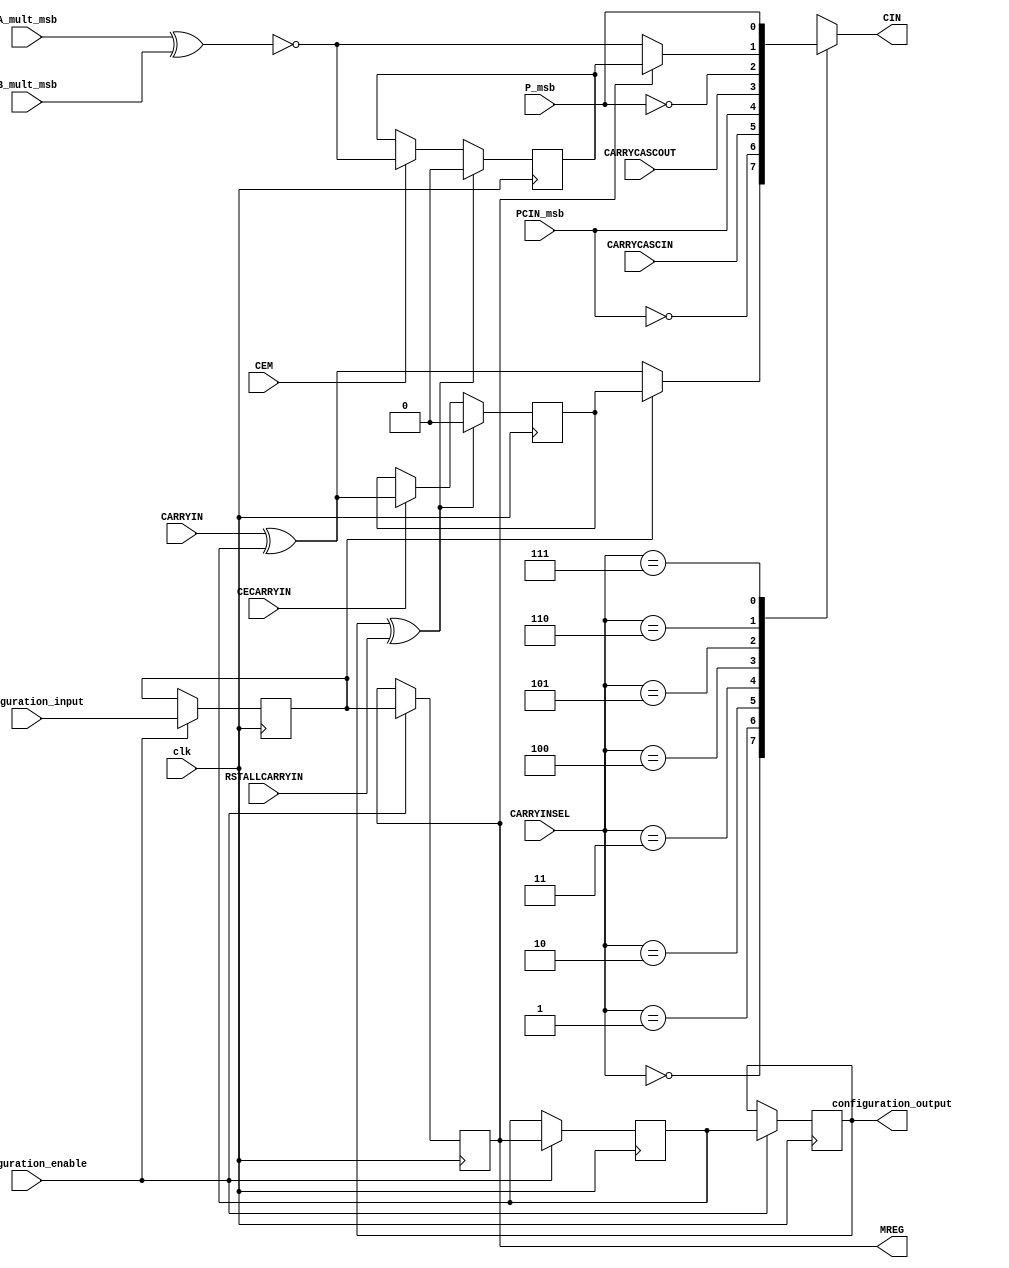
/*****************************************************************
*	Configuration bits order :
*			CARRYINREG <= configuration_input;
*			MREG <= CARRYINREG;
*			IS_CARRYIN_INVERTED <= MREG;
*			IS_RSTALLCARRYIN_INVERTED <= IS_CARRYIN_INVERTED;
*			configuration_output = IS_RSTALLCARRYIN_INVERTED;	
*****************************************************************/
`timescale 1 ns / 100 ps   
module carry_in_manager(
		input clk,
		
		input RSTALLCARRYIN,//control two register

		input CECARRYIN,
		input CEM,
		
		input CARRYIN,
		input A_mult_msb,
		input B_mult_msb,
		input PCIN_msb,
		input P_msb,
		
		input CARRYCASCIN,
		input CARRYCASCOUT,
		input [2:0] CARRYINSEL,
		
		output reg CIN,
		output reg MREG,

		input configuration_input,
		input configuration_enable,
		output configuration_output
	);
	
	// configuring bits
	reg CARRYINREG;
	reg IS_CARRYIN_INVERTED;
	reg IS_RSTALLCARRYIN_INVERTED;
	
	always@(posedge clk)begin
		if (configuration_enable)begin
			CARRYINREG <= configuration_input;
			MREG <= CARRYINREG;
			IS_CARRYIN_INVERTED <= MREG;
			IS_RSTALLCARRYIN_INVERTED <= IS_CARRYIN_INVERTED;
		end
	end
	assign configuration_output = IS_RSTALLCARRYIN_INVERTED;	
	
	
	// carry_in_manager
	wire RSTALLCARRYIN_xored;
	assign RSTALLCARRYIN_xored = IS_RSTALLCARRYIN_INVERTED ^ RSTALLCARRYIN;
	
	wire CARRYIN_xored;
	assign CARRYIN_xored = CARRYIN ^ IS_CARRYIN_INVERTED;
	
	reg CARRYIN_reg;
	always@(posedge clk)begin
		if (RSTALLCARRYIN_xored)
			CARRYIN_reg <= 1'b0;
		else if (CECARRYIN)
			CARRYIN_reg <= CARRYIN_xored;
	end
	
	wire CARRYIN_CARRYIN_reg__mux2to1; 
	assign CARRYIN_CARRYIN_reg__mux2to1 = (CARRYINREG)? CARRYIN_reg: CARRYIN_xored;
	
	
	
	wire A26_XNOR_B17;
	assign A26_XNOR_B17 = ~(A_mult_msb^ B_mult_msb);//tonghuo
	
	reg A26_XNOR_B17_reg;
	always@(posedge clk)begin
		if (RSTALLCARRYIN_xored)
			A26_XNOR_B17_reg <= 1'b0;
		else if (CEM)
			A26_XNOR_B17_reg <= A26_XNOR_B17;
	end
	
	wire A26_XNOR_B17_A26_XNOR_B17_reg_mux2to1; 
	assign A26_XNOR_B17_A26_XNOR_B17_reg_mux2to1 = (MREG)? A26_XNOR_B17_reg: A26_XNOR_B17;
	
	always@(*)begin
		case (CARRYINSEL)
			3'b000: CIN = CARRYIN_CARRYIN_reg__mux2to1;
			3'b001: CIN = ~PCIN_msb;
			3'b010: CIN = CARRYCASCIN;
			3'b011: CIN = PCIN_msb;
			
			3'b100: CIN = CARRYCASCOUT;
			3'b101: CIN = ~P_msb;
			3'b110: CIN = A26_XNOR_B17_A26_XNOR_B17_reg_mux2to1;
			3'b111: CIN = P_msb;
		endcase
	end

endmodule